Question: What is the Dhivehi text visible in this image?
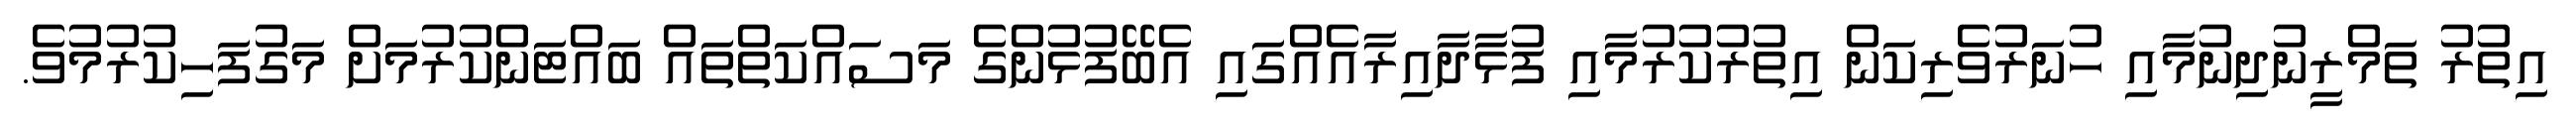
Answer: އިތުރު ތަމްރީނުދިނުމާއި ހުނަރުވެރިކަން އިތުރުކުރުމާއި ފުޅާދާއިރާއެއްގައި އެބޭފުޅުންގެ މަސައްކަތްތައް ބައްޓަންކުރުމަށް މަގުފަހިކުރުމުވެ.